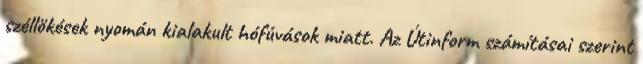
széllökések nyomán kialakult hófúvások miatt. Az Útinform számításai szerint